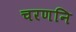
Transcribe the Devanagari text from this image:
चरणनि